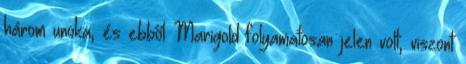
három unoka, és ebből Marigold folyamatosan jelen volt, viszont